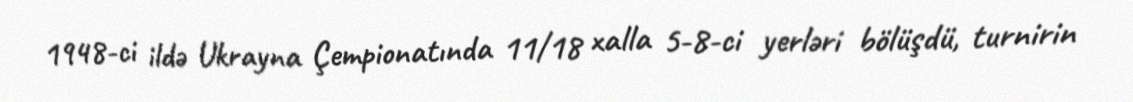
1948-ci ildə Ukrayna Çempionatında 11/18 xalla 5-8-ci yerləri bölüşdü, turnirin